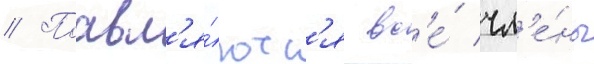
// Поавл'я́ютс'я вс'е́ чл'е́ны